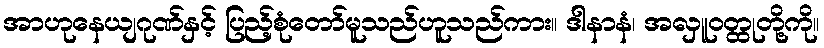
အာဟုနေယျဂုဏ်နှင့် ပြည့်စုံတော်မူသည်ဟူသည်ကား။ ဒါနာနံ၊ အလှူဝတ္ထုတို့ကို။